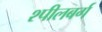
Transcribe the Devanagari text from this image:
श्पीलबर्ग